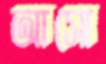
আসো